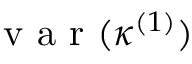
\mathrm { ~ v ~ a ~ r ~ } ( \kappa ^ { ( 1 ) } )